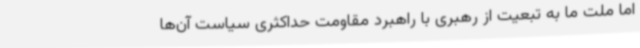
اما ملت ما به تبعیت از رهبری با راهبرد مقاومت حداکثری سیاست آن‌ها